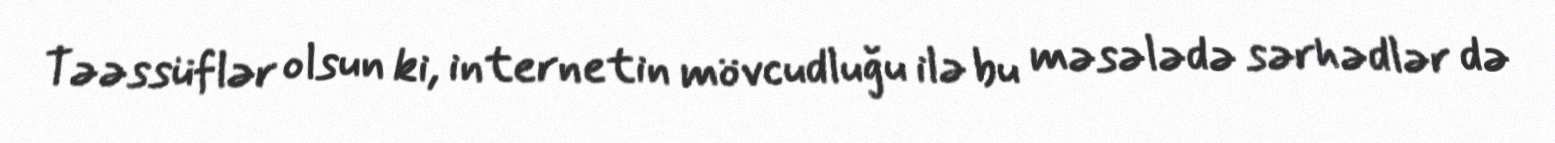
Təəssüflər olsun ki, internetin mövcudluğu ilə bu məsələdə sərhədlər də